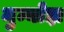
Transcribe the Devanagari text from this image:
मुन्योझ